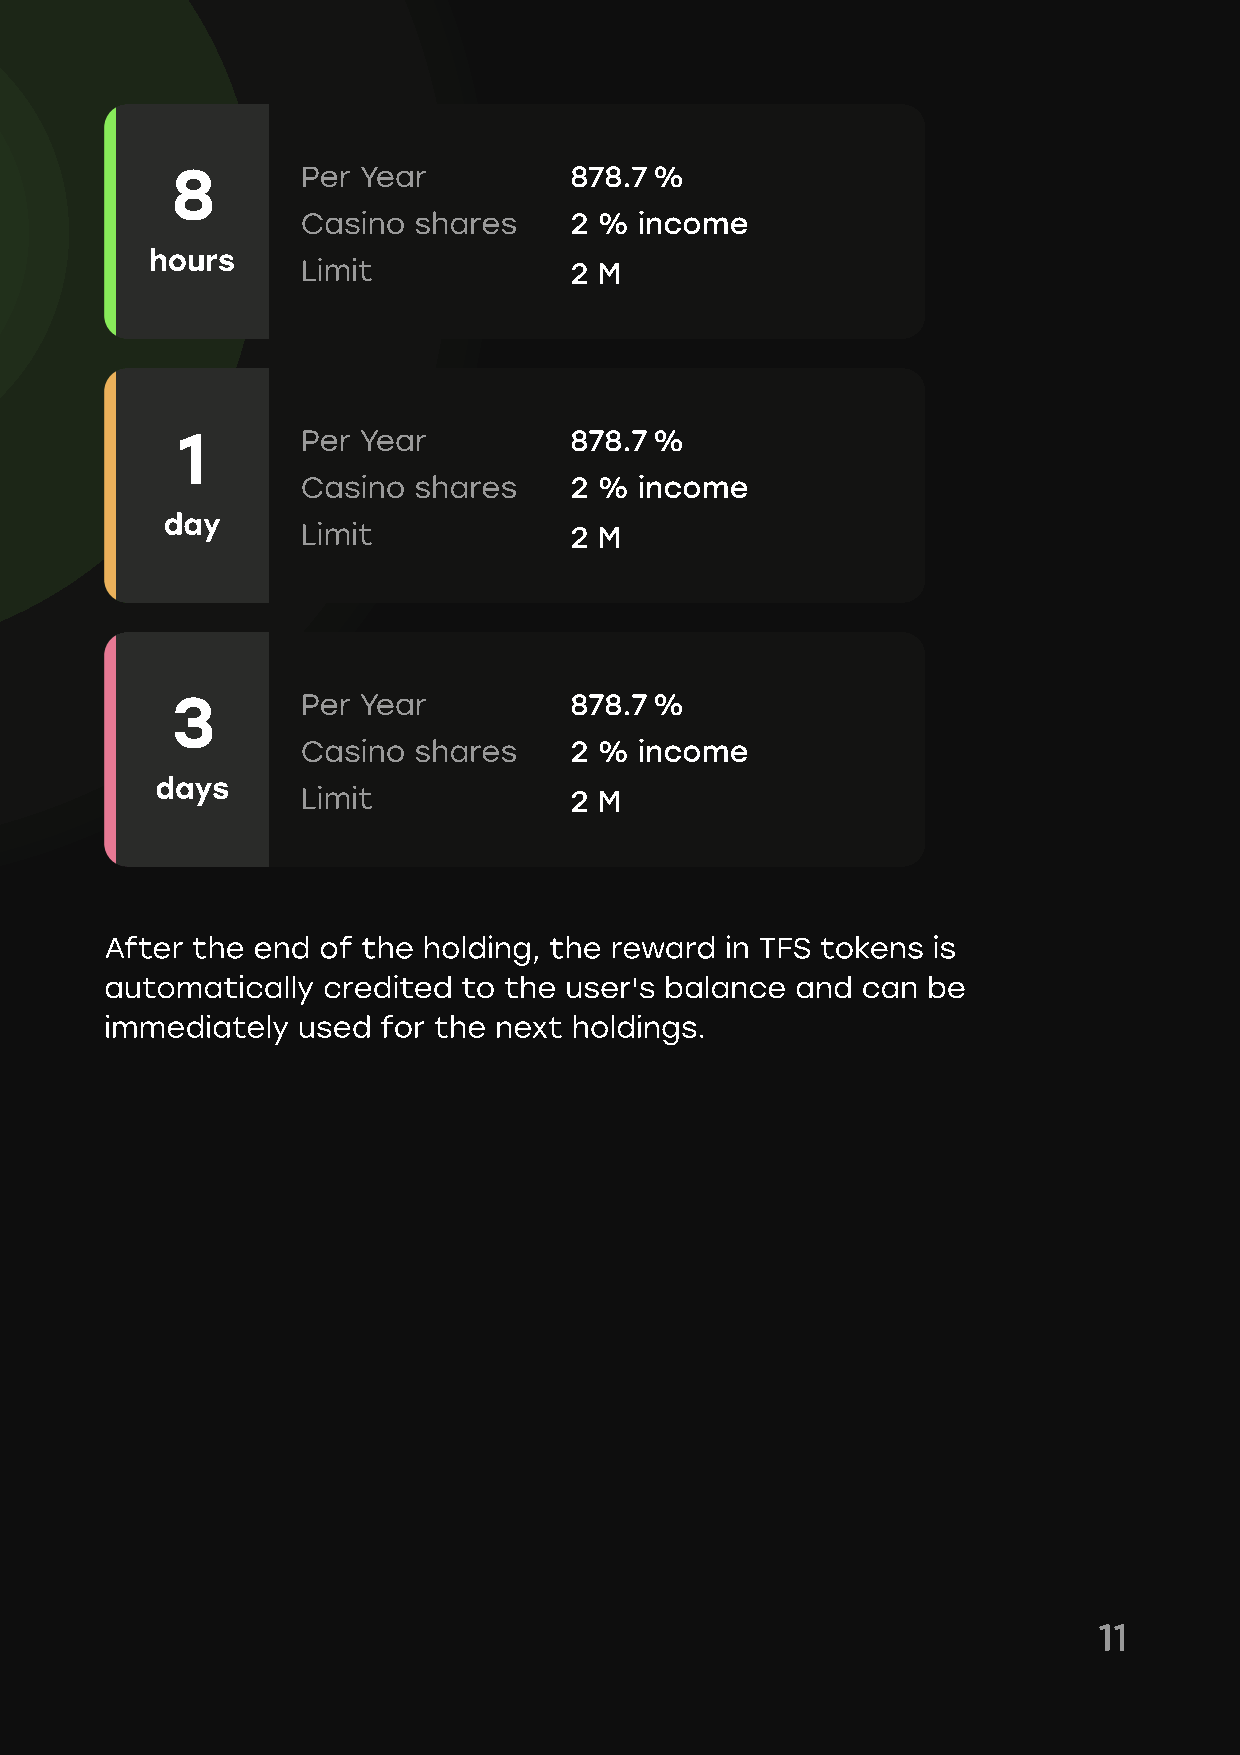
8
 Per Year          878.7 %
 Casino shares     2 % income
 hours
 Limit             2 M
 1
 Per Year          878.7 %
 Casino shares     2 % income
 day
 Limit             2 M
 3
 Per Year          878.7 %
 Casino shares     2 % income
 days
 Limit             2 M
 After the end of the holding, the reward in TFS tokens is
 automatically credited  to the user's balance and can be
 immediately  used for the next holdings.
 11